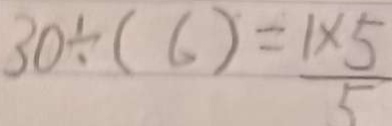
3 0 \div ( 6 ) = \frac { 1 \times 5 } { 5 }